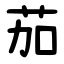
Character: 茄